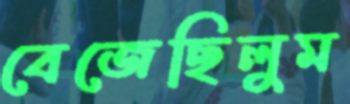
বেজেছিলুম